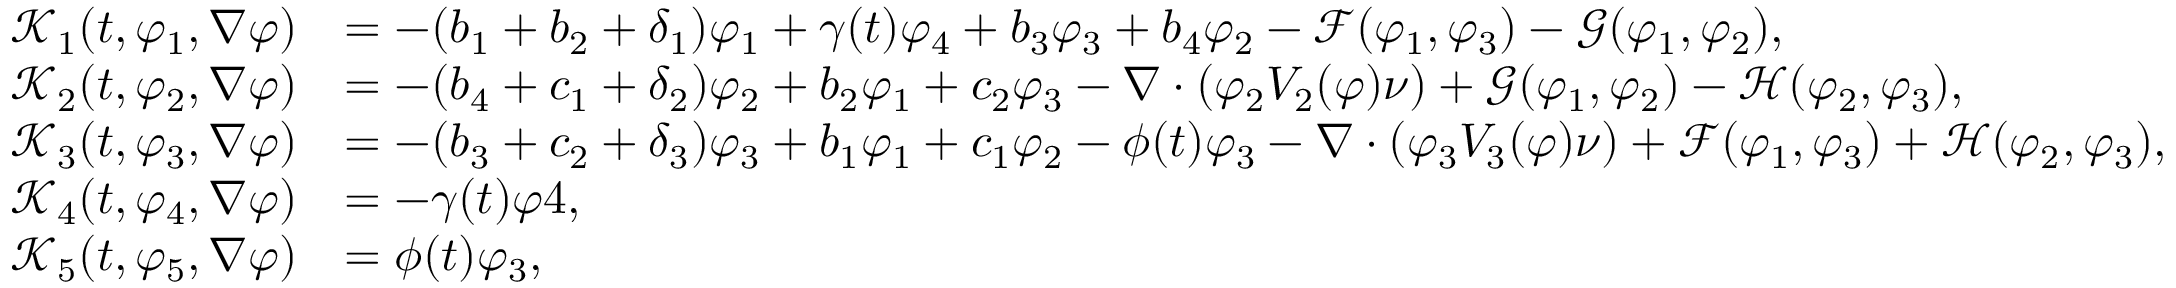
\begin{array} { r l } { \mathcal { K } _ { 1 } ( t , \varphi _ { 1 } , \nabla \varphi ) } & { = - ( b _ { 1 } + b _ { 2 } + \delta _ { 1 } ) \varphi _ { 1 } + \gamma ( t ) \varphi _ { 4 } + b _ { 3 } \varphi _ { 3 } + b _ { 4 } \varphi _ { 2 } - \mathcal { F } ( \varphi _ { 1 } , \varphi _ { 3 } ) - \mathcal { G } ( \varphi _ { 1 } , \varphi _ { 2 } ) , } \\ { \mathcal { K } _ { 2 } ( t , \varphi _ { 2 } , \nabla \varphi ) } & { = - ( b _ { 4 } + c _ { 1 } + \delta _ { 2 } ) \varphi _ { 2 } + b _ { 2 } \varphi _ { 1 } + c _ { 2 } \varphi _ { 3 } - \nabla \cdot ( \varphi _ { 2 } V _ { 2 } ( \varphi ) \nu ) + \mathcal { G } ( \varphi _ { 1 } , \varphi _ { 2 } ) - \mathcal { H } ( \varphi _ { 2 } , \varphi _ { 3 } ) , } \\ { \mathcal { K } _ { 3 } ( t , \varphi _ { 3 } , \nabla \varphi ) } & { = - ( b _ { 3 } + c _ { 2 } + \delta _ { 3 } ) \varphi _ { 3 } + b _ { 1 } \varphi _ { 1 } + c _ { 1 } \varphi _ { 2 } - \phi ( t ) \varphi _ { 3 } - \nabla \cdot ( \varphi _ { 3 } V _ { 3 } ( \varphi ) \nu ) + \mathcal { F } ( \varphi _ { 1 } , \varphi _ { 3 } ) + \mathcal { H } ( \varphi _ { 2 } , \varphi _ { 3 } ) , } \\ { \mathcal { K } _ { 4 } ( t , \varphi _ { 4 } , \nabla \varphi ) } & { = - \gamma ( t ) \varphi 4 , } \\ { \mathcal { K } _ { 5 } ( t , \varphi _ { 5 } , \nabla \varphi ) } & { = \phi ( t ) \varphi _ { 3 } , } \end{array}